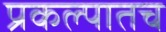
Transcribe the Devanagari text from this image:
प्रकल्पातच